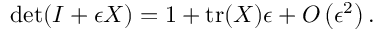
\operatorname* { d e t } ( I + \epsilon X ) = 1 + \operatorname { t r } ( X ) \epsilon + O \left( \epsilon ^ { 2 } \right) .